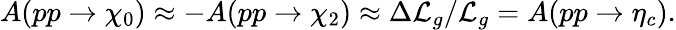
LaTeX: A(pp\to\chi_{0})\approx-A(pp\to\chi_{2})\approx\Delta{\cal L}_{g}/{\cal L}_{g}=A(pp\to\eta_{c}).